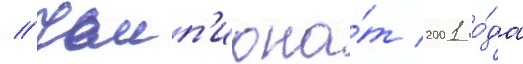
// Чемп'иона́т 2001 го́да